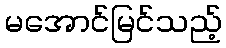
မအောင်မြင်သည့်